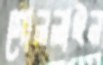
গোললাইন